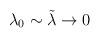
LaTeX: \begin{align*}\lambda_0 \sim \tilde\lambda \to 0\end{align*}